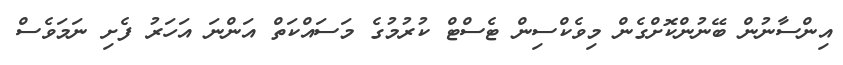
އިންސާނުން ބޭނުންކޮށްގެން މިވެކްސިން ޓެސްޓް ކުރުމުގެ މަސައްކަތް އަންނަ އަހަރު ފެށި ނަމަވެސް